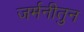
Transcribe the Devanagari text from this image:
जर्मनीतुन